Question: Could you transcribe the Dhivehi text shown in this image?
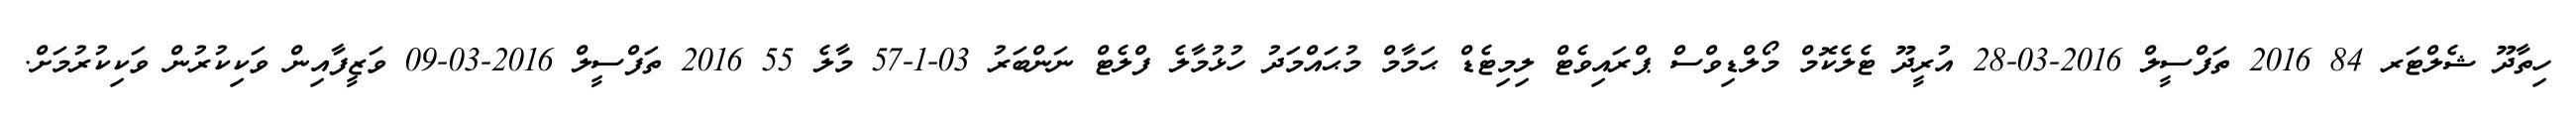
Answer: ހިތާދޫ ޝެލްޓަރ 84 2016 ތަފްސީލް 2016-03-28 އުރީދޫ ޓެލެކޮމް މޯލްޑިވްސް ޕްރައިވެޓް ލިމިޓެޑް ޙަމާމް މުޙައްމަދު ހުޅުމާލެ ފްލެޓް ނަންބަރު 03-1-57 މާލެ 55 2016 ތަފްސީލް 2016-03-09 ވަޒީފާއިން ވަކިކުރުން ވަކިކުރުމަށް.